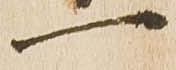
一